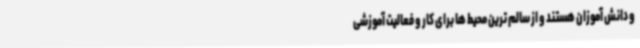
و دانش آموزان هستند و از سالم ترین محیط ها برای کار و فعالیت آموزشی